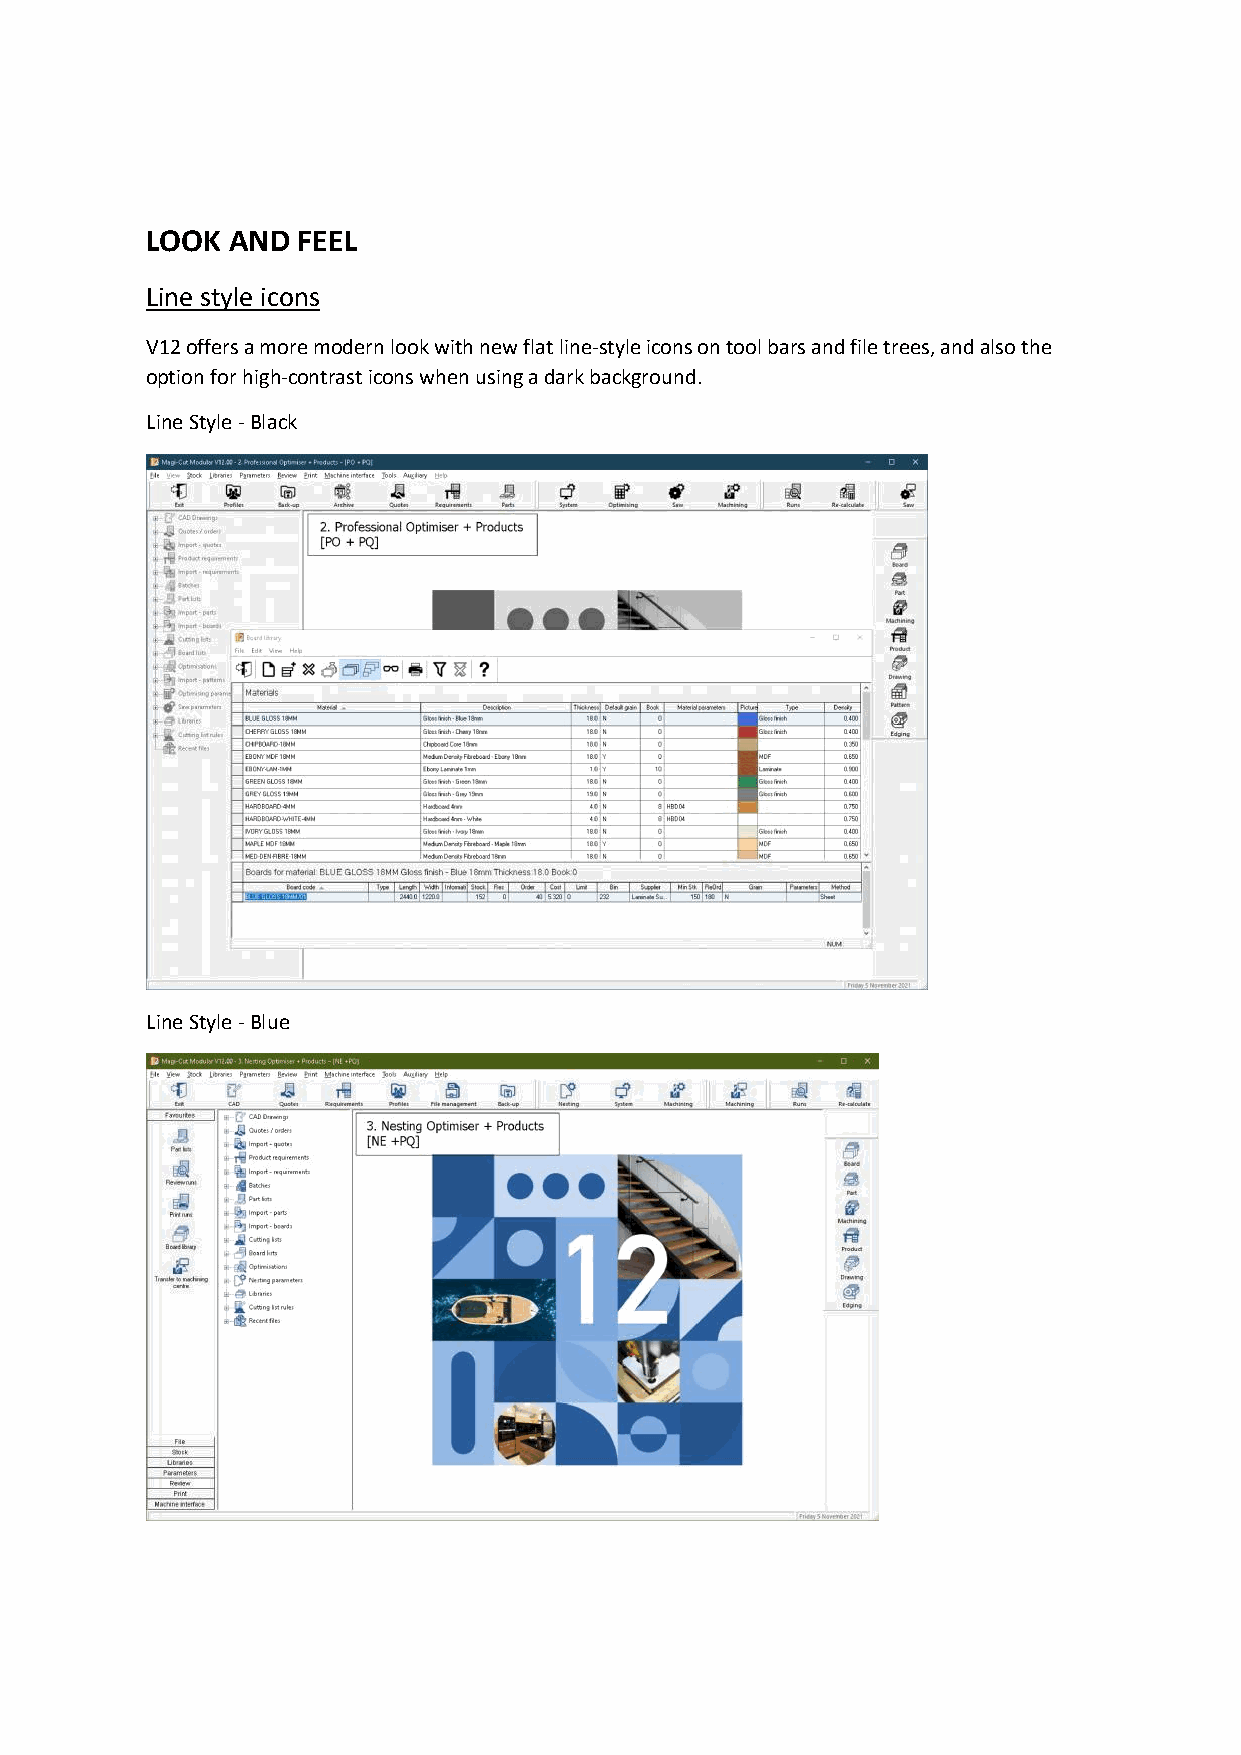
LOOK AND  FEEL
 Line style icons
 V12 offers a more modern look with new flat line-style icons on tool bars and file trees, and also the
 option for high-contrast icons when using adark background.
 Line Style-Black
 Line Style-Blue